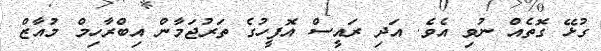
ގުޅޭ ގޮތެއް ނުވި އެވެ. އަދި ރައީސް އޮފީހުގެ ތަރުޖަމާން އިބްރާހިމް މުއާޒް